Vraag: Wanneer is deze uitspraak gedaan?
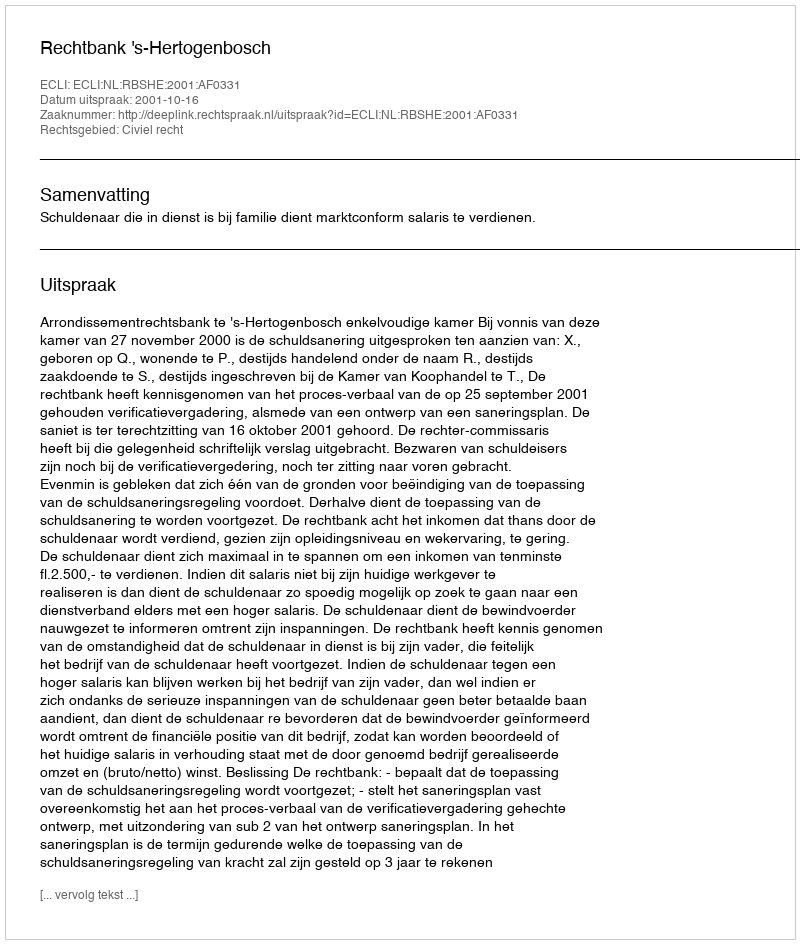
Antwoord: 2001-10-16